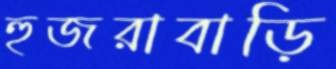
হুজরাবাড়ি